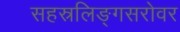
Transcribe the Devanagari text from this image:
सहस्रलिङ्गसरोवर